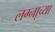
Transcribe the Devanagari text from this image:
लग्ना़च्या